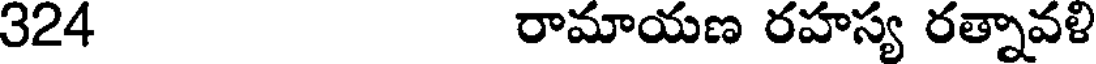
324 రామాయణ రహస్య రత్నావళి